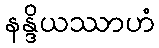
နန္ဒိယဿာဟံ